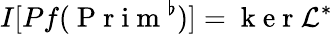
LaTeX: I[Pf(\mathrm{~P~r~i~m~}^{\flat})]=\mathrm{~k~e~r~}\mathcal{L}^{*}